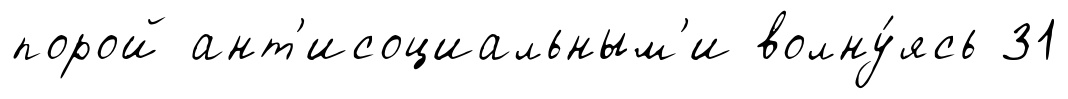
порой ант'исоциальным'и волну́ясь 31